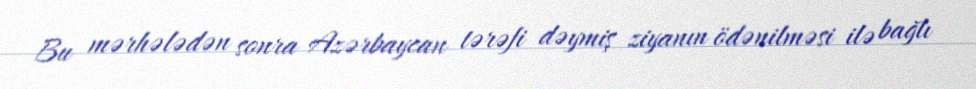
Bu mərhələdən sonra Azərbaycan tərəfi dəymiş ziyanın ödənilməsi ilə bağlı